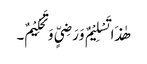
ھٰذَا تَسْلِیْمٌ وَرَضِیٍّ وَتَحْکِیْمٌ۔